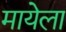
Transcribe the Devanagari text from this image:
मायेला